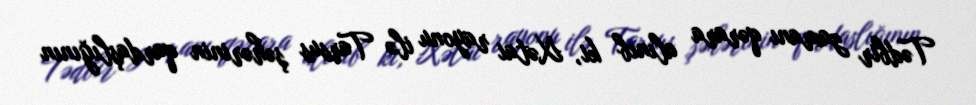
Tədbir zamanı qərara alınıb ki, Xətai rayonu ilə Tarsus şəhərinin qardaşlığının